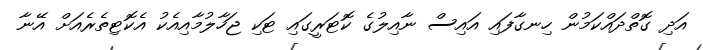
އަދި ގޮތްދައްކަމުން ހިނގާފައި އައިސް ނާއިލުގެ ކޮޓަރީގައި ޓަކި ޖަހާލުމާއިއެކު އެކޮޓިތެރެއަށް އޭނާ